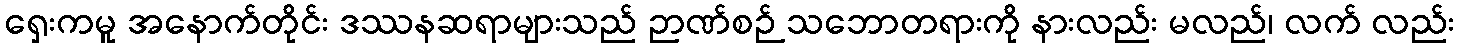
ရှေးကမူ အနောက်တိုင်း ဒဿနဆရာများသည် ဉာဏ်စဉ် သဘောတရားကို နားလည်း မလည်၊ လက် လည်း